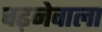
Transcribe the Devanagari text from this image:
चढ़नेवाला